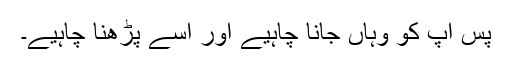
پس آپ کو وہاں جانا چاہیے اور اسے پڑھنا چاہیے۔